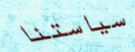
سياستنا